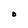
Character: O